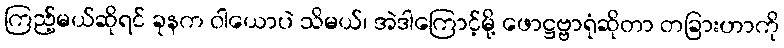
ကြည့်မယ်ဆိုရင် ခုနက ဝါယောပဲ သိမယ်၊ အဲဒါကြောင့်မို့ ဖောဋ္ဌဗ္ဗာရုံဆိုတာ တခြားဟာကို